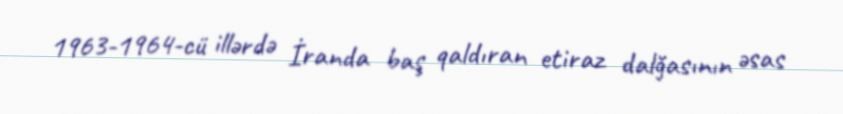
1963-1964-cü illərdə İranda baş qaldıran etiraz dalğasının əsas